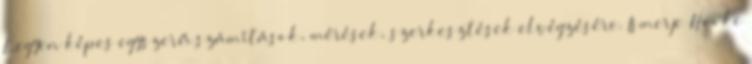
Legyen képes egyszerű számítások, mérések, szerkesztések elvégzésére. Ismerje Hooke